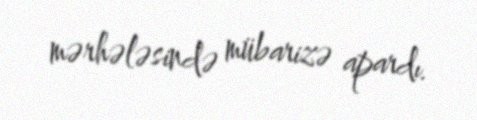
mərhələsində mübarizə apardı.